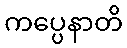
ကပ္ပေနာတိ